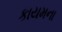
કાયમના